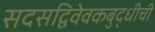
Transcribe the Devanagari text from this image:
सदसद्विवेवकबुद्धीची